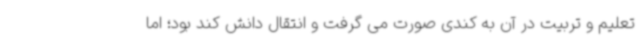
تعلیم و تربیت در آن به کندی صورت می گرفت و انتقال دانش کند بود؛ اما